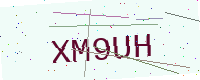
Text: XM9UH